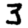
Digit: 3